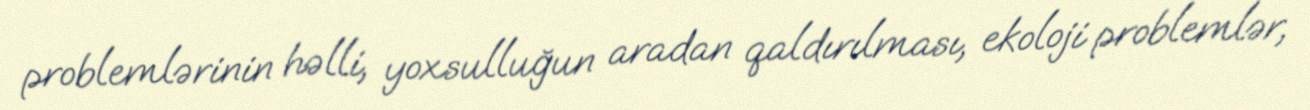
problemlərinin həlli, yoxsulluğun aradan qaldırılması, ekoloji problemlər,